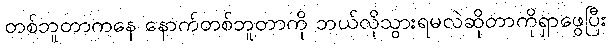
တစ်ဘူတာကနေ နောက်တစ်ဘူတာကို ဘယ်လိုသွားရမလဲဆိုတာကိုရှာဖွေပြီး